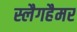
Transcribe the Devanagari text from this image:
स्लैगहैमर